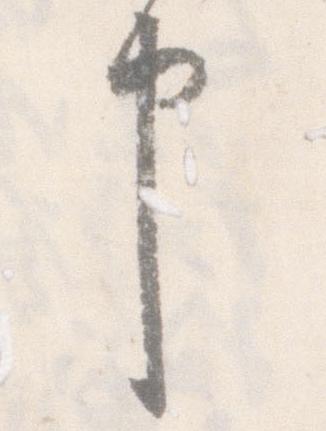
申